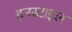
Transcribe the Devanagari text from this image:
इनस्टाइल